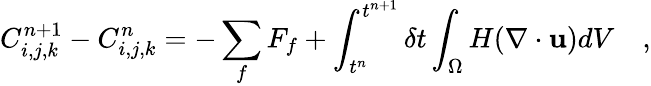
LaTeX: C_{i,j,k}^{n+1}-C_{i,j,k}^{n}=-\sum_{f}F_{f}+\int_{t^{n}}^{t^{n+1}}\delta t\int_{\Omega}H(\nabla\cdot\mathbf{u})dV\quad,